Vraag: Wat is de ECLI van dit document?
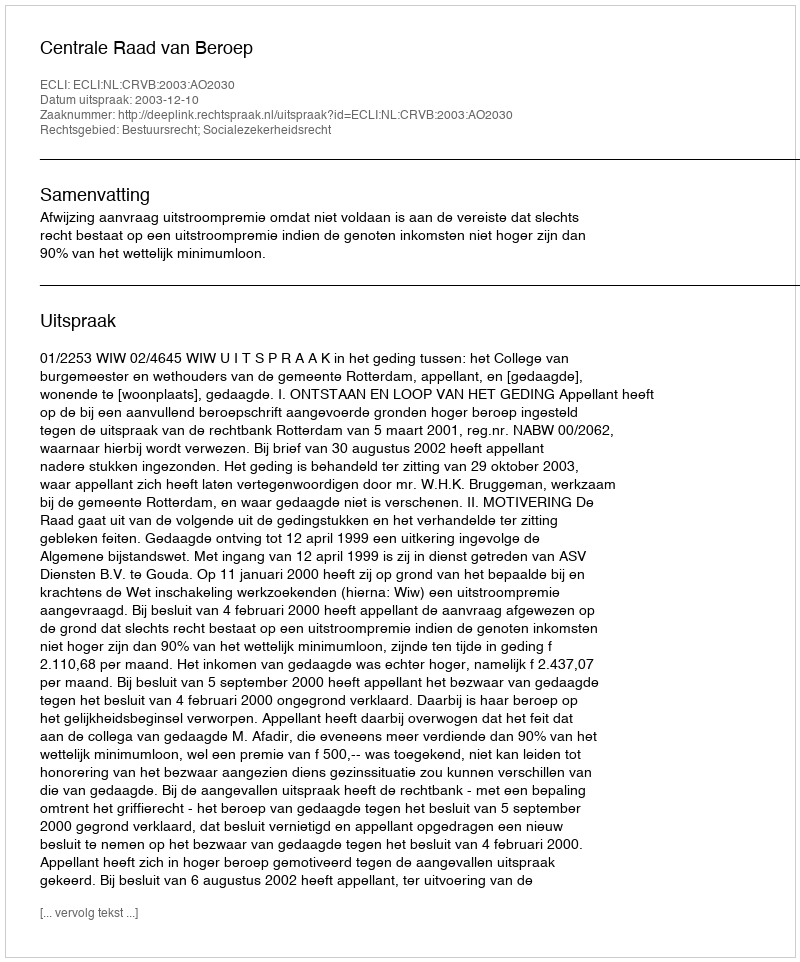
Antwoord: ECLI:NL:CRVB:2003:AO2030